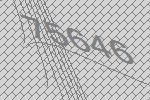
75646